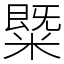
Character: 䊠